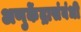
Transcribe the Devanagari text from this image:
अणुकेंद्रासंबंधी